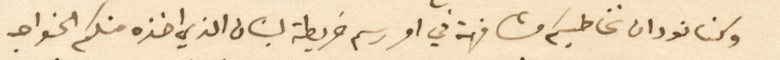
وكنا نود ان نخاطبكم مشافهة في امر رسم خريطة لبنان الذي اخذه منكم الخواجه